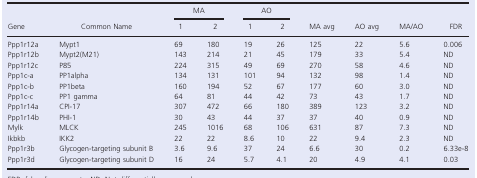
| <ROWSPAN=2> Gene | <ROWSPAN=2> Common Name | <COLSPAN=2> MA | <COLSPAN=2> AO | <ROWSPAN=2> MA avg | <ROWSPAN=2> AO avg | <ROWSPAN=2> MA/AO | <ROWSPAN=2> FDR |
 | 1 | 2 | 1 | 2 |
 | --- | --- | --- | --- | --- | --- | --- | --- | --- | --- |
 | Ppp1r12a | Mypt1 | 69 | 180 | 19 | 26 | 125 | 22 | 5.6 | 0.006 |
 | Ppp1r12b | Mypt2(M21) | 143 | 214 | 21 | 45 | 179 | 33 | 5.4 | ND |
 | Ppp1r12c | P85 | 224 | 315 | 49 | 69 | 270 | 58 | 4.6 | ND |
 | Ppp1c-a | PP1alpha | 134 | 131 | 101 | 94 | 132 | 98 | 1.4 | ND |
 | Ppp1c-b | PP1beta | 160 | 194 | 52 | 67 | 177 | 60 | 3.0 | ND |
 | Ppp1c-c | PP1 gamma | 64 | 81 | 44 | 42 | 73 | 43 | 1.7 | ND |
 | Ppp1r14a | CPI-17 | 307 | 472 | 66 | 180 | 389 | 123 | 3.2 | ND |
 | Ppp1r14b | PHI-1 | 30 | 43 | 44 | 37 | 37 | 40 | 0.9 | ND |
 | Mylk | MLCK | 245 | 1016 | 68 | 106 | 631 | 87 | 7.3 | ND |
 | Ikbkb | IKK2 | 22 | 22 | 8.6 | 10 | 22 | 9.4 | 2.3 | ND |
 | Ppp1r3b | Glycogen-targeting subunit B | 3.6 | 9.6 | 37 | 24 | 6.6 | 30 | 0.2 | 6.33e-8 |
 | Ppp1r3d | Glycogen-targeting subunit D | 16 | 24 | 5.7 | 4.1 | 20 | 4.9 | 4.1 | 0.03 |